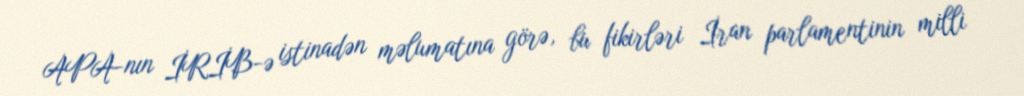
APA-nın İRİB-ə istinadən məlumatına görə, bu fikirləri İran parlamentinin milli